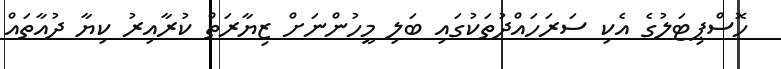
ހޮސްޕިޓަލުގެ އެކި ސަރަހައްދުތަކުގައި ބަލި މީހުންނަށް ޒިޔާރަތް ކުރާއިރު ކިޔާ ދުއާތައް